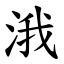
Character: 涐